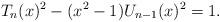
LaTeX: \begin{align*}T_n(x)^2 - (x^2 - 1)U_{n-1}(x)^2 = 1.\end{align*}